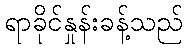
ရာခိုင်နှုန်းခန့်သည်